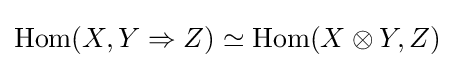
\operatorname {Hom} (X,Y\Rightarrow Z)\simeq \operatorname {Hom} (X\otimes Y,Z)